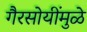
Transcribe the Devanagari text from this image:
गैरसोयींमुळे